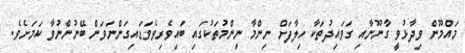
މައްމޫން ވިދާޅުވީ ގާނޫނާއި ގަވައިދުތަކާ ހިލާފަށް ނިންމާ ނިންމުތަކުގައި ބައިވެރިވެވަޑައިގަންނަވަން ބޭނުންނުވާ ކަމަށެވެ.